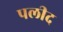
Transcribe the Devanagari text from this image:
पलीद